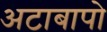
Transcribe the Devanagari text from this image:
अटाबापो